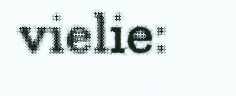
vielie: